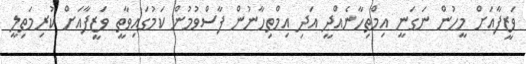
ވަޒީފާއަށް މީހުން ނަގަނީ އިމްތިހާނެއްދީ އަދި އިމްތިހާނުން ފާސްވުމުން ކަމުގައިވާތީ ވަޒީފާއަށް ކުރިމަތިލީ